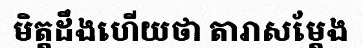
មិត្តដឹងហើយថា តារាសម្តែង